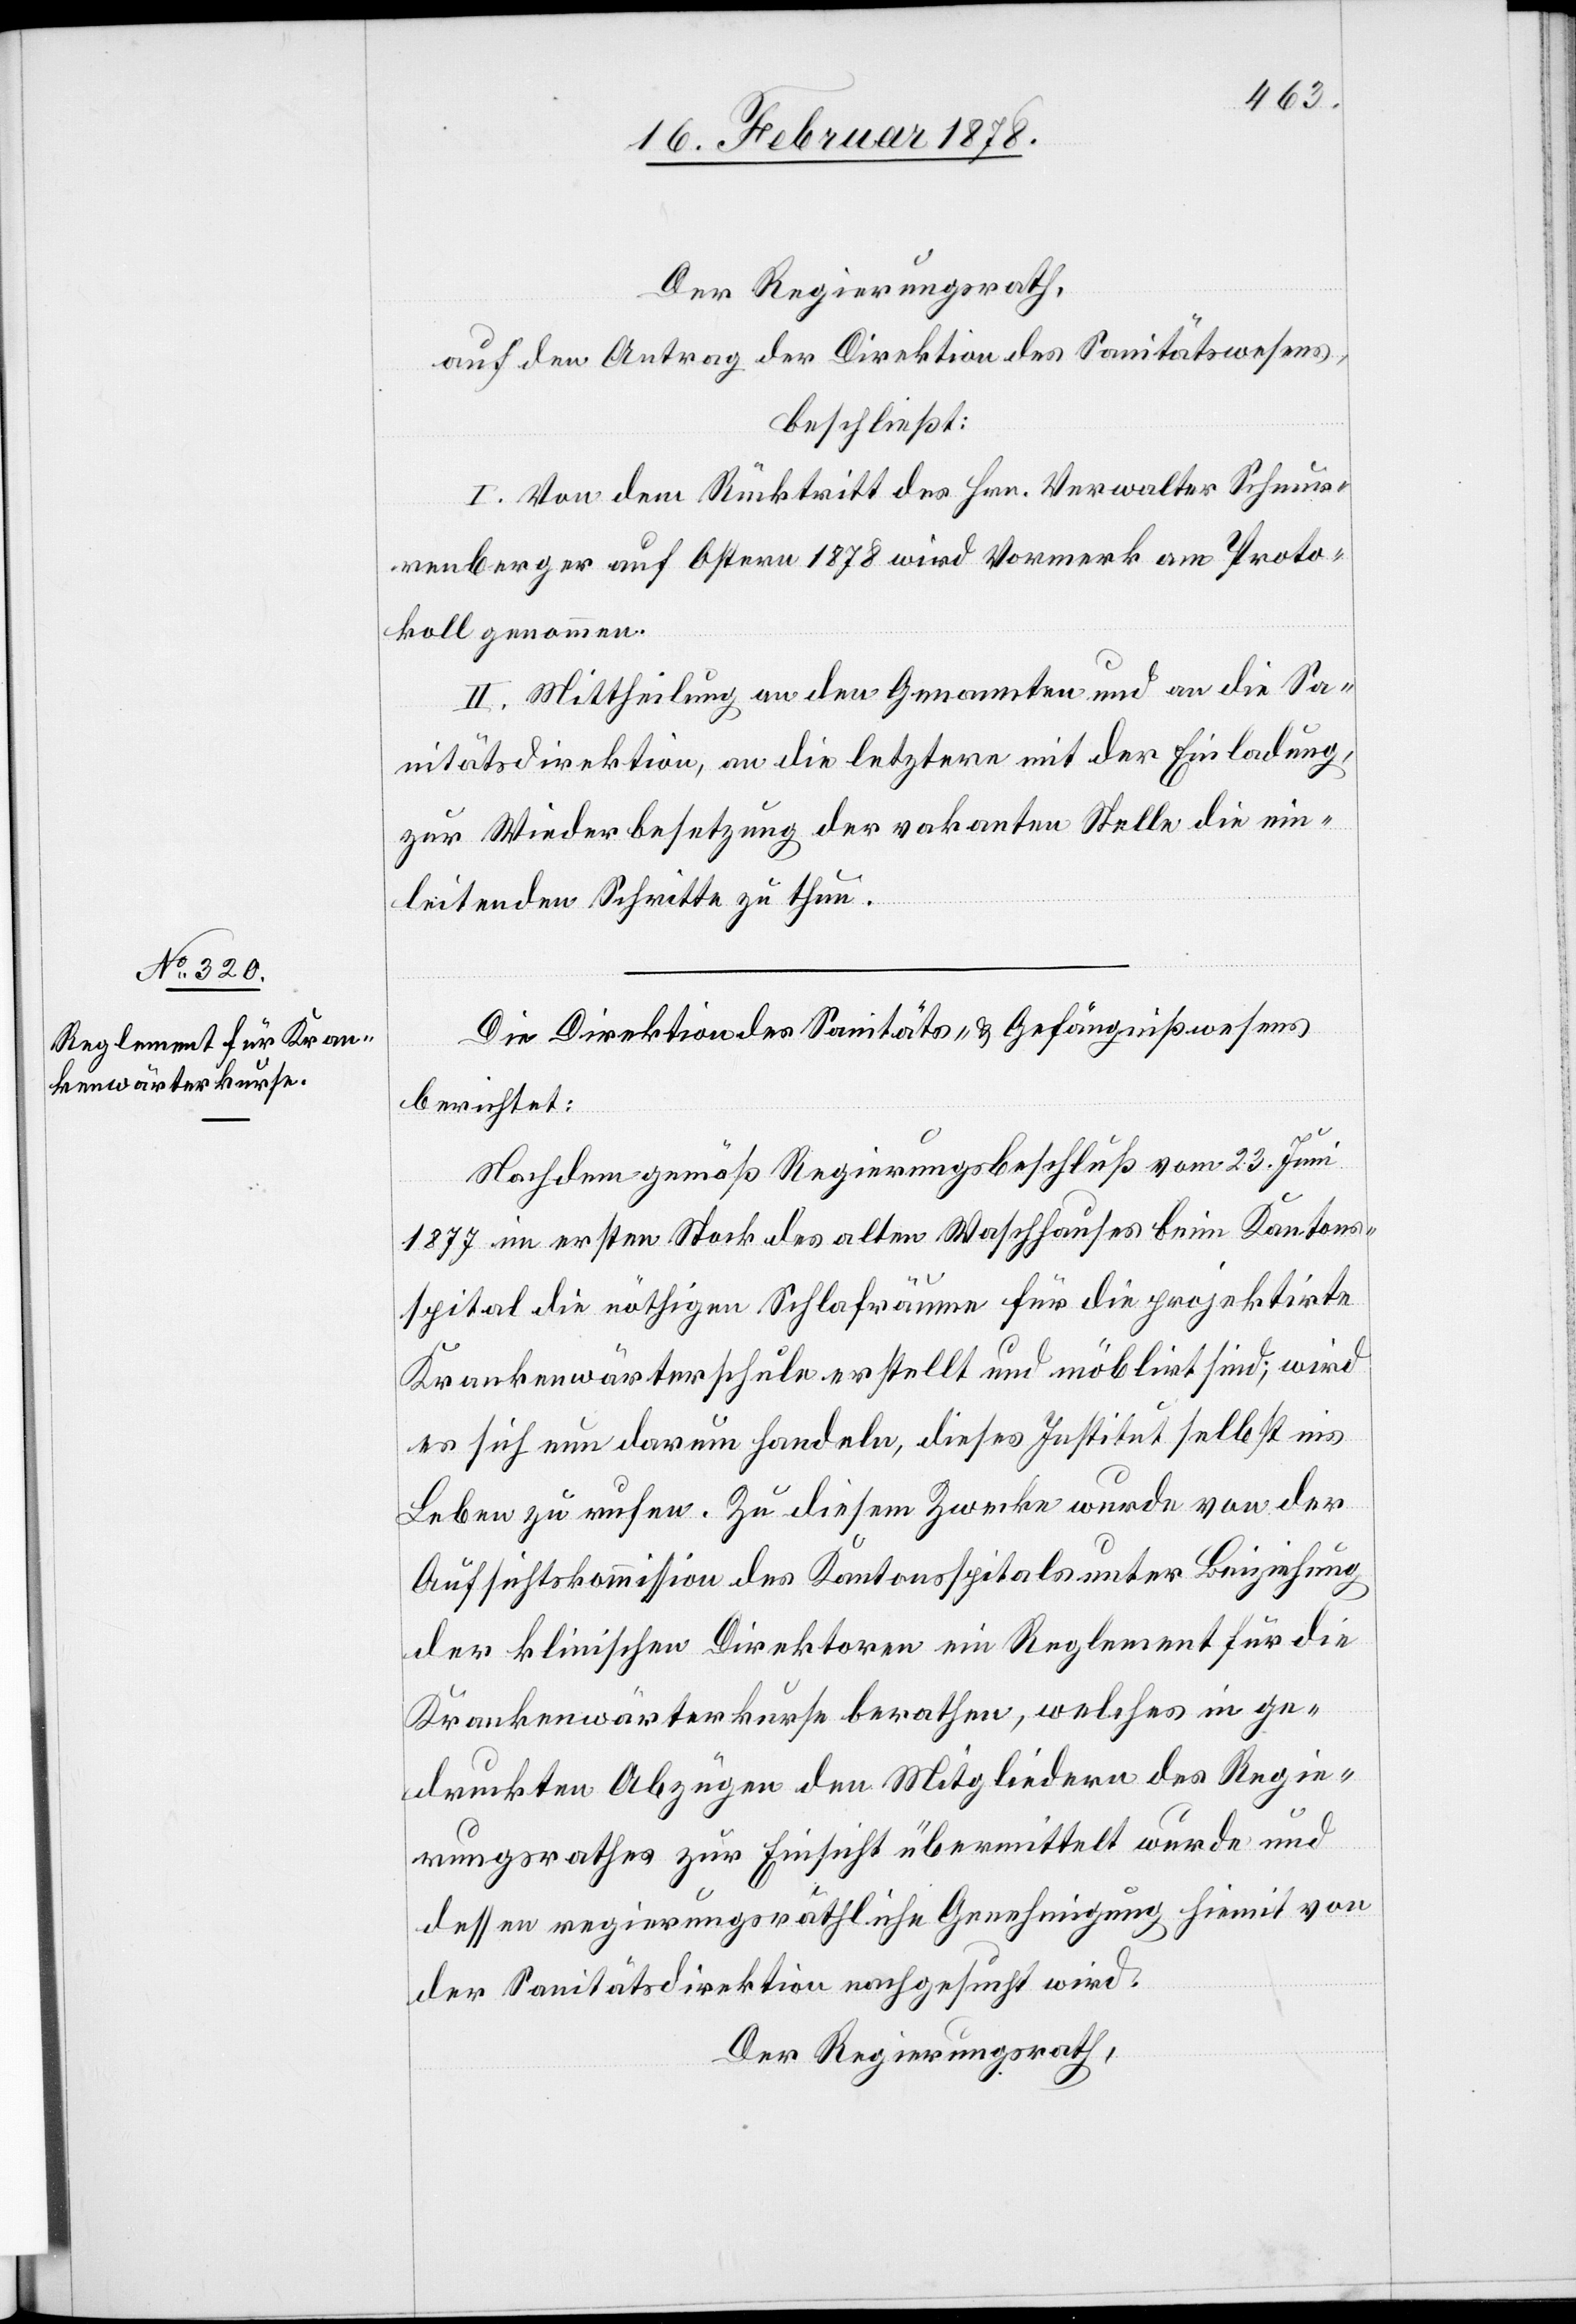
Der Regierungsrath,
auf den Antrag der Direktion des Sanitätswesens,
beschließt:
I. Von dem Rücktritt des Hrn. Verwalter Schnur¬
renberger auf Ostern 1878 wird Vormerk am Proto¬
koll genommen.
II. Mittheilung an den Genannten und an die Sa¬
nitätsdirektion, an die letztere mit der Einladung,
zur Wiederbesetzung der vakanten Stelle die ein¬
leitenden Schritte zu thun.
Die Direktion des Sanitäts- & Gefängnißwesens
berichtet:
Nachdem gemäß Regierungsbeschluß vom 23. Juni
1877 im ersten Stock des alten Waschhauses beim Kantons¬
spital die nöthigen Schlafräume für die projektirte
Krankenwärterschule erstellt und möblirt sind; wird
es sich nun darum handeln, dieses Institut selbst ins
Leben zu rufen. Zu diesem Zwecke wurde von der
Aufsichtskommission des Kantonsspitals unter Beiziehung
der klinischen Direktoren ein Reglement für die
Krankenwärterkurse berathen, welches in ge¬
druckten Abzügen den Mitgliedern des Regie¬
rungsrathes zur Einsicht übermittelt wurde und
dessen regierungsräthliche Genehmigung hiemit von
der Sanitätsdirektion nachgesucht wird.
Der Regierungsrath,